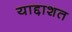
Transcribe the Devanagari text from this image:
याद्दाशत